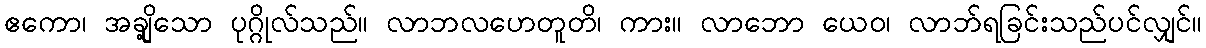
ဧကော၊ အချို့သော ပုဂ္ဂိုလ်သည်။ လာဘလဟေတူတိ၊ ကား။ လာဘော ယေဝ၊ လာဘ်ရခြင်းသည်ပင်လျှင်။